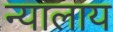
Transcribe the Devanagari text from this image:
न्यालाय